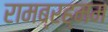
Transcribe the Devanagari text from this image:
रामब्रह्मम